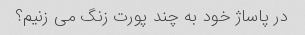
در پاساژ خود به چند پورت زنگ می زنیم؟